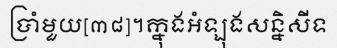
ប្រាំមួយ[៣៨]។ក្នុងអំឡុងសន្និសីទ